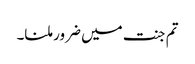
تم جنت میں ضرور ملنا۔